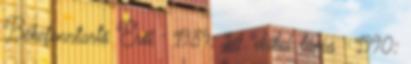
Békefenntartó Erői · 1989: 14. dalai láma · 1990: